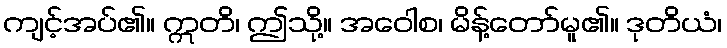
ကျင့်အပ်၏။ ဣတိ၊ ဤသို့။ အဝေါစ၊ မိန့်တော်မူ၏။ ဒုတိယံ၊